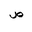
Letter: _sad